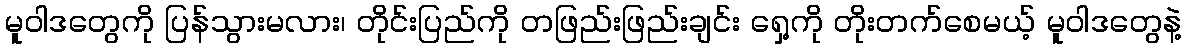
မူဝါဒတွေကို ပြန်သွားမလား၊ တိုင်းပြည်ကို တဖြည်းဖြည်းချင်း ရှေ့ကို တိုးတက်စေမယ့် မူဝါဒတွေနဲ့